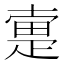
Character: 疐